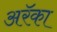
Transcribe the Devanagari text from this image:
अरॅका